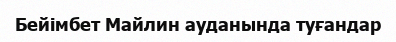
Бейімбет Майлин ауданында туғандар